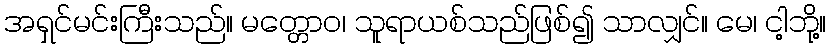
အရှင်မင်းကြီးသည်။ မတ္တောဝ၊ သူရာယစ်သည်ဖြစ်၍ သာလျှင်။ မေ၊ ငါ့ဘို့။